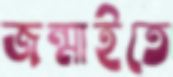
জন্মাইতে